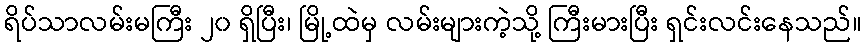
ရိပ်သာလမ်းမကြီး ၂၀ ရှိပြီး၊ မြို့ထဲမှ လမ်းများကဲ့သို့ ကြီးမားပြီး ရှင်းလင်းနေသည်။